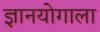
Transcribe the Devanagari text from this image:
ज्ञानयोगाला